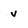
Character: v